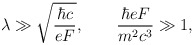
\begin{align*}\lambda \gg \sqrt{\frac{\hbar c}{eF}}, \qquad \frac{\hbar eF}{m^2c^3} \gg 1,\end{align*}